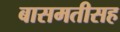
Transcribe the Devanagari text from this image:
बासमतीसह